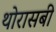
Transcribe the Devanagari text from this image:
थोरासबी